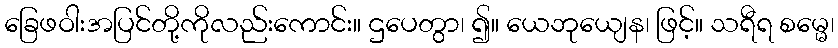
ခြေဖဝါးအပြင်တို့ကိုလည်းကောင်း။ ဌပေတွာ၊ ၍။ ယေဘုယျေန၊ ဖြင့်။ သရီရ စမ္မေ၊